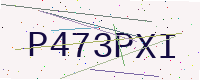
Text: P473PXI